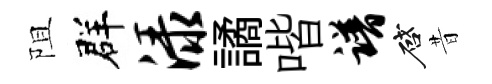
阻群渌譎喈谱啓昔